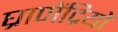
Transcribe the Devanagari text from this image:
घ्राणेंद्रियों